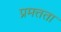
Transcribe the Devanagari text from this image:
प्रमत्तता